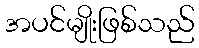
အပင်မျိုးဖြစ်သည်